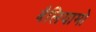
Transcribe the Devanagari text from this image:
बैलियामो